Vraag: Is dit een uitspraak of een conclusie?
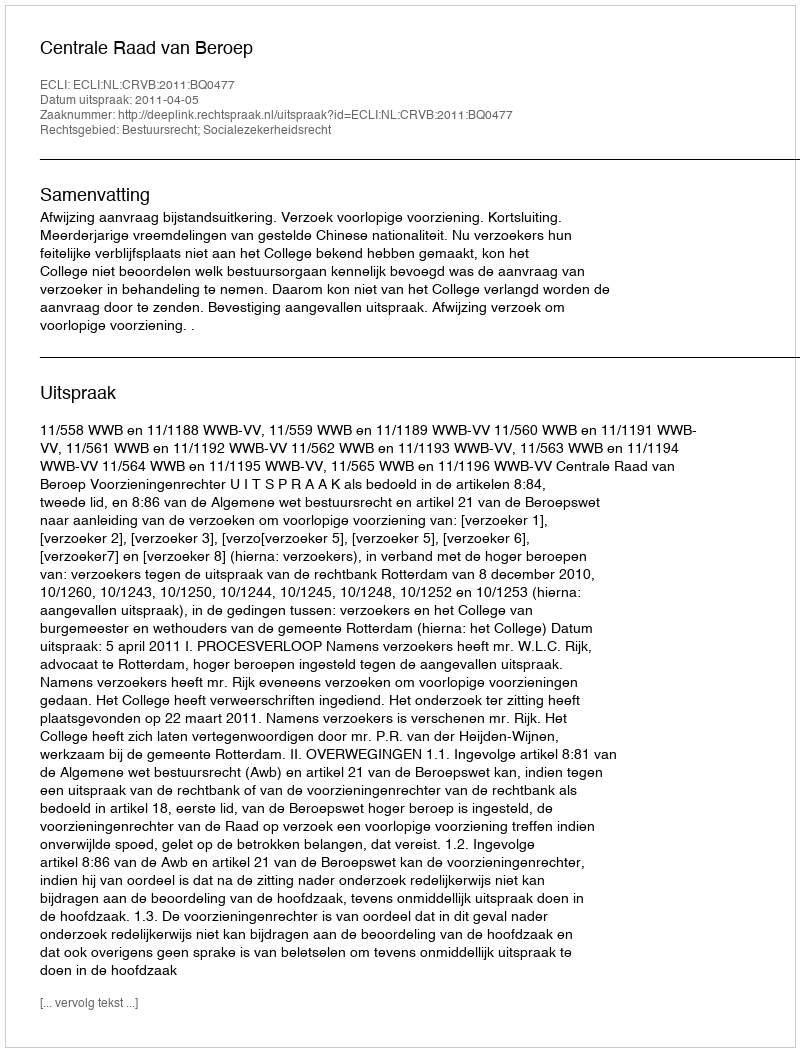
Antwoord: Uitspraak